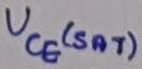
Text: UCE(SAT)